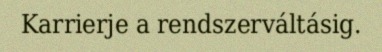
Karrierje a rendszerváltásig.